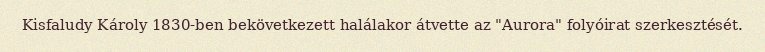
Kisfaludy Károly 1830-ben bekövetkezett halálakor átvette az "Aurora" folyóirat szerkesztését.